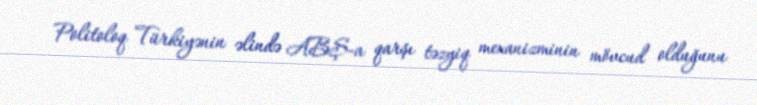
Politoloq Türkiyənin əlində ABŞ-a qarşı təzyiq mexanizminin mövcud olduğunu